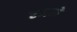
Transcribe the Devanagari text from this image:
रणछो